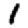
Digit: 1